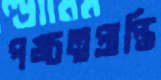
পঙ্চত্বপ্রাপ্তি